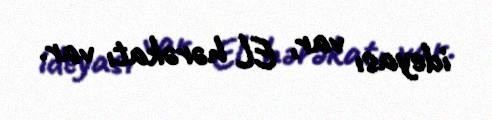
ideyası var, EL hərəkatı var.